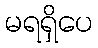
မရရှိပေ